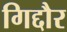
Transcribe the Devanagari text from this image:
गिद्दौर